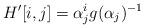
LaTeX: \begin{align*}H'[i,j]=\alpha_j^ig(\alpha_j)^{-1}\end{align*}